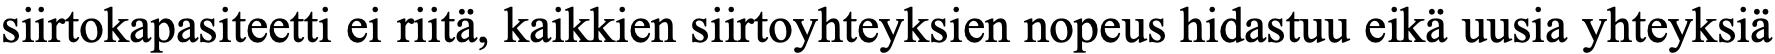
siirtokapasiteetti ei riitä, kaikkien siirtoyhteyksien nopeus hidastuu eikä uusia yhteyksiä